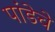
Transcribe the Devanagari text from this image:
पांडेचे